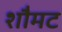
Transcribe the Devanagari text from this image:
शौमट